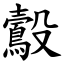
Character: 鷇